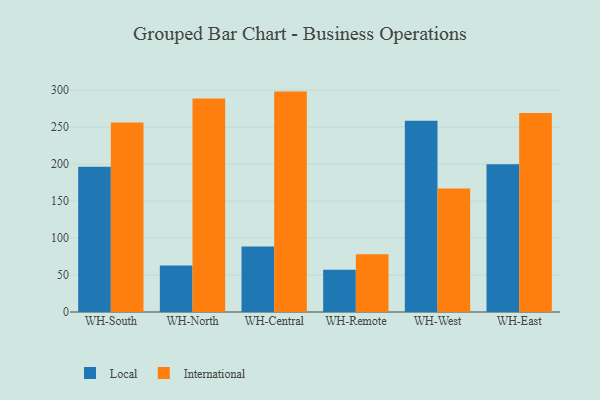
{"axis": {"x": "Warehouse", "y": "Tickets Resolved"}, "legend": ["International", "Local"], "data": [{"x": "WH-South", "y": 196.3, "type": "Local"}, {"x": "WH-South", "y": 256.2, "type": "International"}, {"x": "WH-North", "y": 63.0, "type": "Local"}, {"x": "WH-North", "y": 288.6, "type": "International"}, {"x": "WH-Central", "y": 88.6, "type": "Local"}, {"x": "WH-Central", "y": 297.9, "type": "International"}, {"x": "WH-Remote", "y": 57.2, "type": "Local"}, {"x": "WH-Remote", "y": 77.9, "type": "International"}, {"x": "WH-West", "y": 258.4, "type": "Local"}, {"x": "WH-West", "y": 167.0, "type": "International"}, {"x": "WH-East", "y": 199.6, "type": "Local"}, {"x": "WH-East", "y": 269.0, "type": "International"}]}